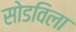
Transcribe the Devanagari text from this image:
सोडविला